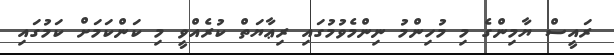
ރައީސް ޔާމިންގެ މި މުހިންމު ނިންމެވުމުގައި ރިޢާޔަތް ކުރެއްވީ މި ކަންކަމަށް ކަމުގައި